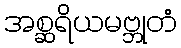
အစ္ဆရိယမဗ္ဘုတံ